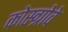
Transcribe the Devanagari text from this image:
कोस्ग्रोवे